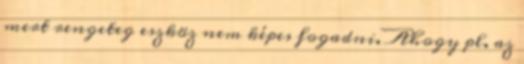
mert rengeteg eszköz nem képes fogadni. Ahogy pl. az